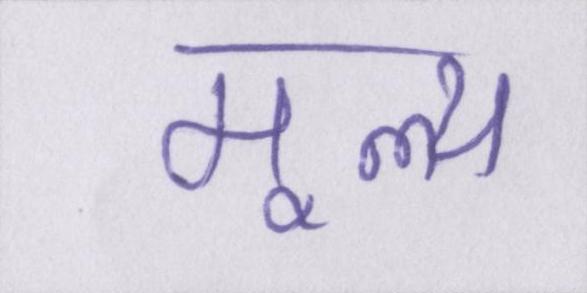
मूल्य